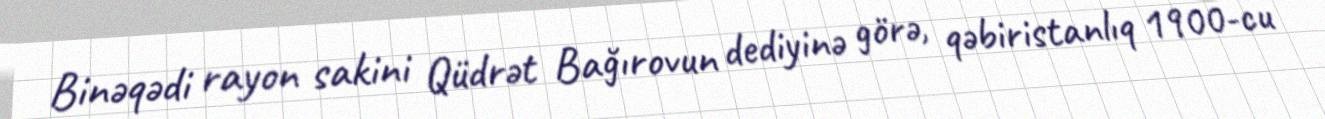
Binəqədi rayon sakini Qüdrət Bağırovun dediyinə görə, qəbiristanlıq 1900-cu